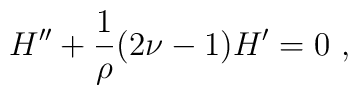
H^{\prime\prime}+{1\over\rho}(2\nu-1)H^\prime=0~,